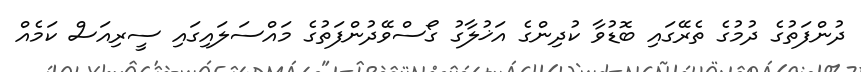
ދުންފަތުގެ ދުމުގެ ތެރޭގައި ބޮޑުވާ ކުދިންގެ އަޚުލާގު ގޯސްވޭދުންފަތުގެ މައްސަލައިގައި ސީރިއަސް ކަމެއް